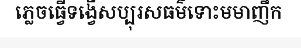
ភ្លេចធ្វើទង្វើសប្បុរសធម៌ទោះមមាញឹក